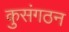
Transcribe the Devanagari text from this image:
कुसंगठन